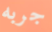
جربه